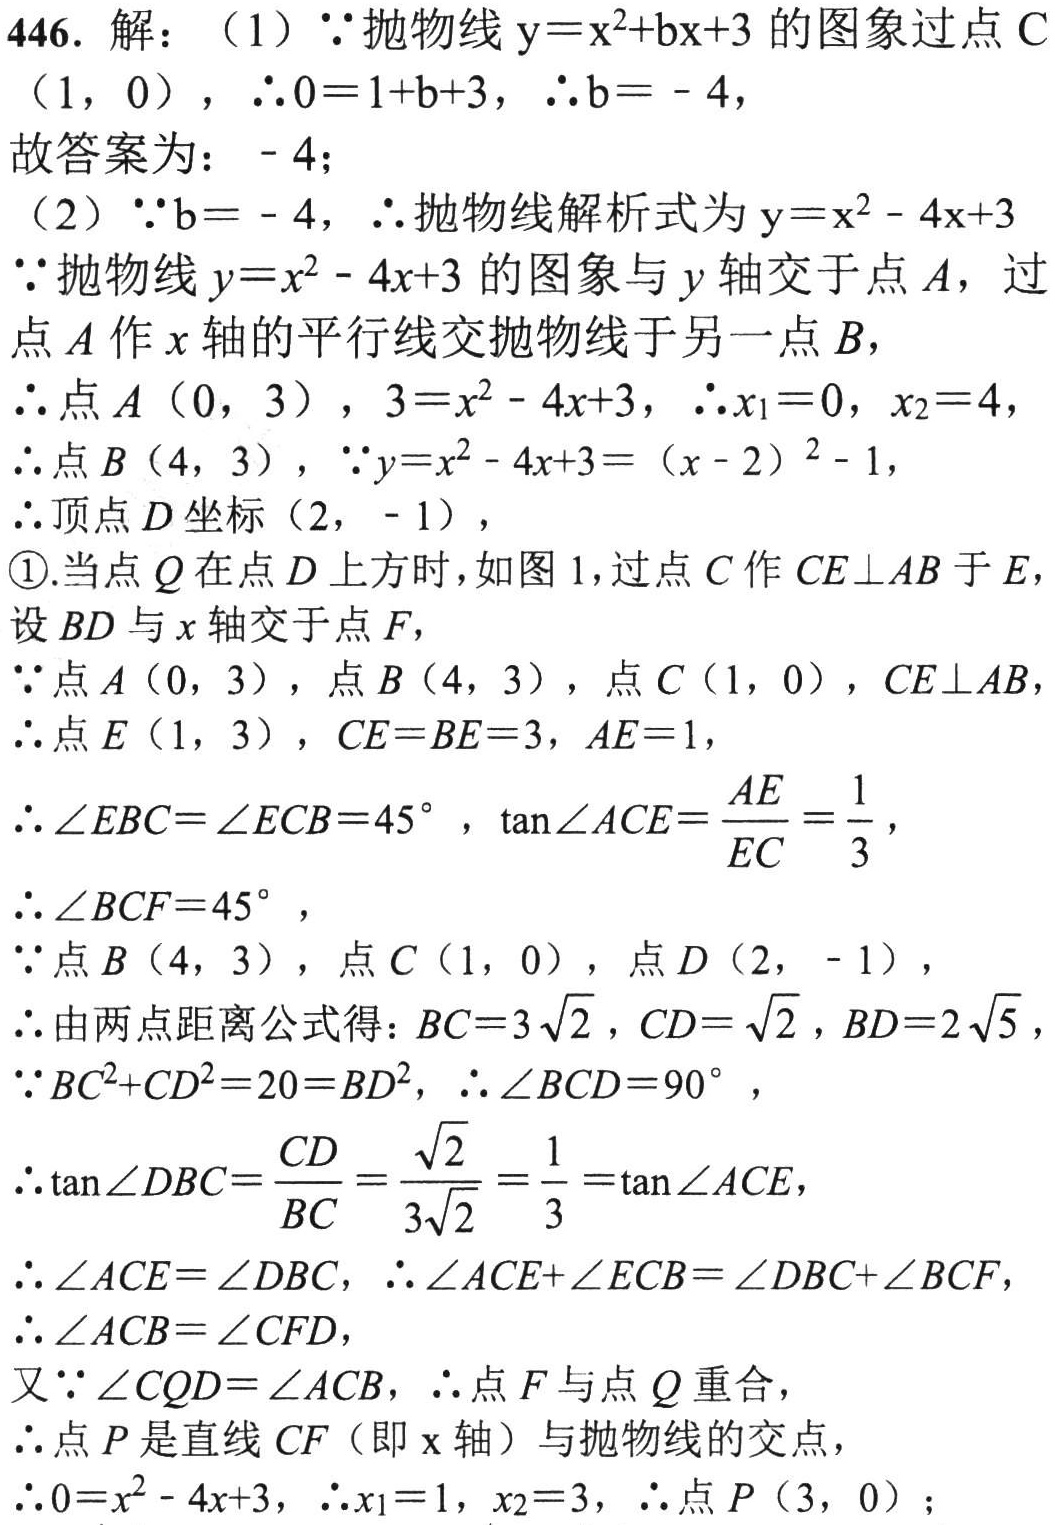
446. 解：（1）$\because$抛物线$y = x^{2}+bx + 3$的图象过点$C(1,0)$，$\therefore0 = 1 + b+3$，$\therefore b=-4$，
故答案为：$-4$；
（2）$\because b = - 4$，$\therefore$抛物线解析式为$y = x^{2}-4x + 3$
$\because$抛物线$y = x^{2}-4x + 3$的图象与$y$轴交于点$A$，过点$A$作$x$轴的平行线交抛物线于另一点$B$，
$\therefore$点$A(0,3)$，$3 = x^{2}-4x + 3$，$\therefore x_{1}=0$，$x_{2}=4$，
$\therefore$点$B(4,3)$，$\because y = x^{2}-4x + 3=(x - 2)^{2}-1$，
$\therefore$顶点$D$坐标$(2,-1)$，
\textcircled{1}.当点$Q$在点$D$上方时，如图1，过点$C$作$CE\perp AB$于$E$，
设$BD$与$x$轴交于点$F$，
$\because$点$A(0,3)$，点$B(4,3)$，点$C(1,0)$，$CE\perp AB$，
$\therefore$点$E(1,3)$，$CE = BE = 3$，$AE = 1$，
$\therefore\angle EBC=\angle ECB = 45^{\circ}$，$\tan\angle ACE=\frac{AE}{EC}=\frac{1}{3}$，
$\therefore\angle BCF = 45^{\circ}$，
$\because$点$B(4,3)$，点$C(1,0)$，点$D(2,-1)$，
$\therefore$由两点距离公式得：$BC = 3\sqrt{2}$，$CD=\sqrt{2}$，$BD = 2\sqrt{5}$，
$\because BC^{2}+CD^{2}=20 = BD^{2}$，$\therefore\angle BCD = 90^{\circ}$，
$\therefore\tan\angle DBC=\frac{CD}{BC}=\frac{\sqrt{2}}{3\sqrt{2}}=\frac{1}{3}=\tan\angle ACE$，
$\therefore\angle ACE=\angle DBC$，$\therefore\angle ACE+\angle ECB=\angle DBC+\angle BCF$，
$\therefore\angle ACB=\angle CFD$，
又$\because\angle CQD=\angle ACB$，$\therefore$点$F$与点$Q$重合，
$\therefore$点$P$是直线$CF$（即$x$轴）与抛物线的交点，
$\therefore0 = x^{2}-4x + 3$，$\therefore x_{1}=1$，$x_{2}=3$，$\therefore$点$P(3,0)$；